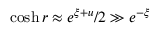
\cosh r \approx e ^ { \xi + u } / 2 \gg e ^ { - \xi }